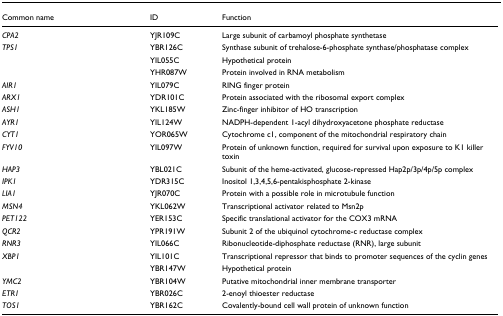
<table><thead><tr><td><b>Common name</b></td><td><b>ID</b></td><td><b>Function</b></td></tr></thead><tbody><tr><td><i>CPA2</i></td><td>YJR109C</td><td>Large subunit of carbamoyl phosphate synthetase</td></tr><tr><td><i>TPS1</i></td><td>YBR126C</td><td>Synthase subunit of trehalose-6-phosphate synthase/phosphatase complex</td></tr><tr><td></td><td>YIL055C</td><td>Hypothetical protein</td></tr><tr><td></td><td>YHR087W</td><td>Protein involved in RNA metabolism</td></tr><tr><td><i>AIR1</i></td><td>YIL079C</td><td>RING finger protein</td></tr><tr><td><i>ARX1</i></td><td>YDR101C</td><td>Protein associated with the ribosomal export complex</td></tr><tr><td><i>ASH1</i></td><td>YKL185W</td><td>Zinc-finger inhibitor of HO transcription</td></tr><tr><td><i>AYR1</i></td><td>YIL124W</td><td>NADPH-dependent 1-acyl dihydroxyacetone phosphate reductase</td></tr><tr><td><i>CYT1</i></td><td>YOR065W</td><td>Cytochrome c1, component of the mitochondrial respiratory chain</td></tr><tr><td><i>FYV10</i></td><td>YIL097W</td><td>Protein of unknown function, required for survival upon exposure to K1 killer toxin</td></tr><tr><td><i>HAP3</i></td><td>YBL021C</td><td>Subunit of the heme-activated, glucose-repressed Hap2p/3p/4p/5p complex</td></tr><tr><td><i>IPK1</i></td><td>YDR315C</td><td>Inositol 1,3,4,5,6-pentakisphosphate 2-kinase</td></tr><tr><td><i>LIA1</i></td><td>YJR070C</td><td>Protein with a possible role in microtubule function</td></tr><tr><td><i>MSN4</i></td><td>YKL062W</td><td>Transcriptional activator related to Msn2p</td></tr><tr><td><i>PET122</i></td><td>YER153C</td><td>Specific translational activator for the COX3 mRNA</td></tr><tr><td><i>QCR2</i></td><td>YPR191W</td><td>Subunit 2 of the ubiquinol cytochrome-c reductase complex</td></tr><tr><td><i>RNR3</i></td><td>YIL066C</td><td>Ribonucleotide-diphosphate reductase (RNR), large subunit</td></tr><tr><td><i>XBP1</i></td><td>YIL101C</td><td>Transcriptional repressor that binds to promoter sequences of the cyclin genes</td></tr><tr><td></td><td>YBR147W</td><td>Hypothetical protein</td></tr><tr><td><i>YMC2</i></td><td>YBR104W</td><td>Putative mitochondrial inner membrane transporter</td></tr><tr><td><i>ETR1</i></td><td>YBR026C</td><td>2-enoyl thioester reductase</td></tr><tr><td><i>TOS1</i></td><td>YBR162C</td><td>Covalently-bound cell wall protein of unknown function</td></tr></tbody></table>